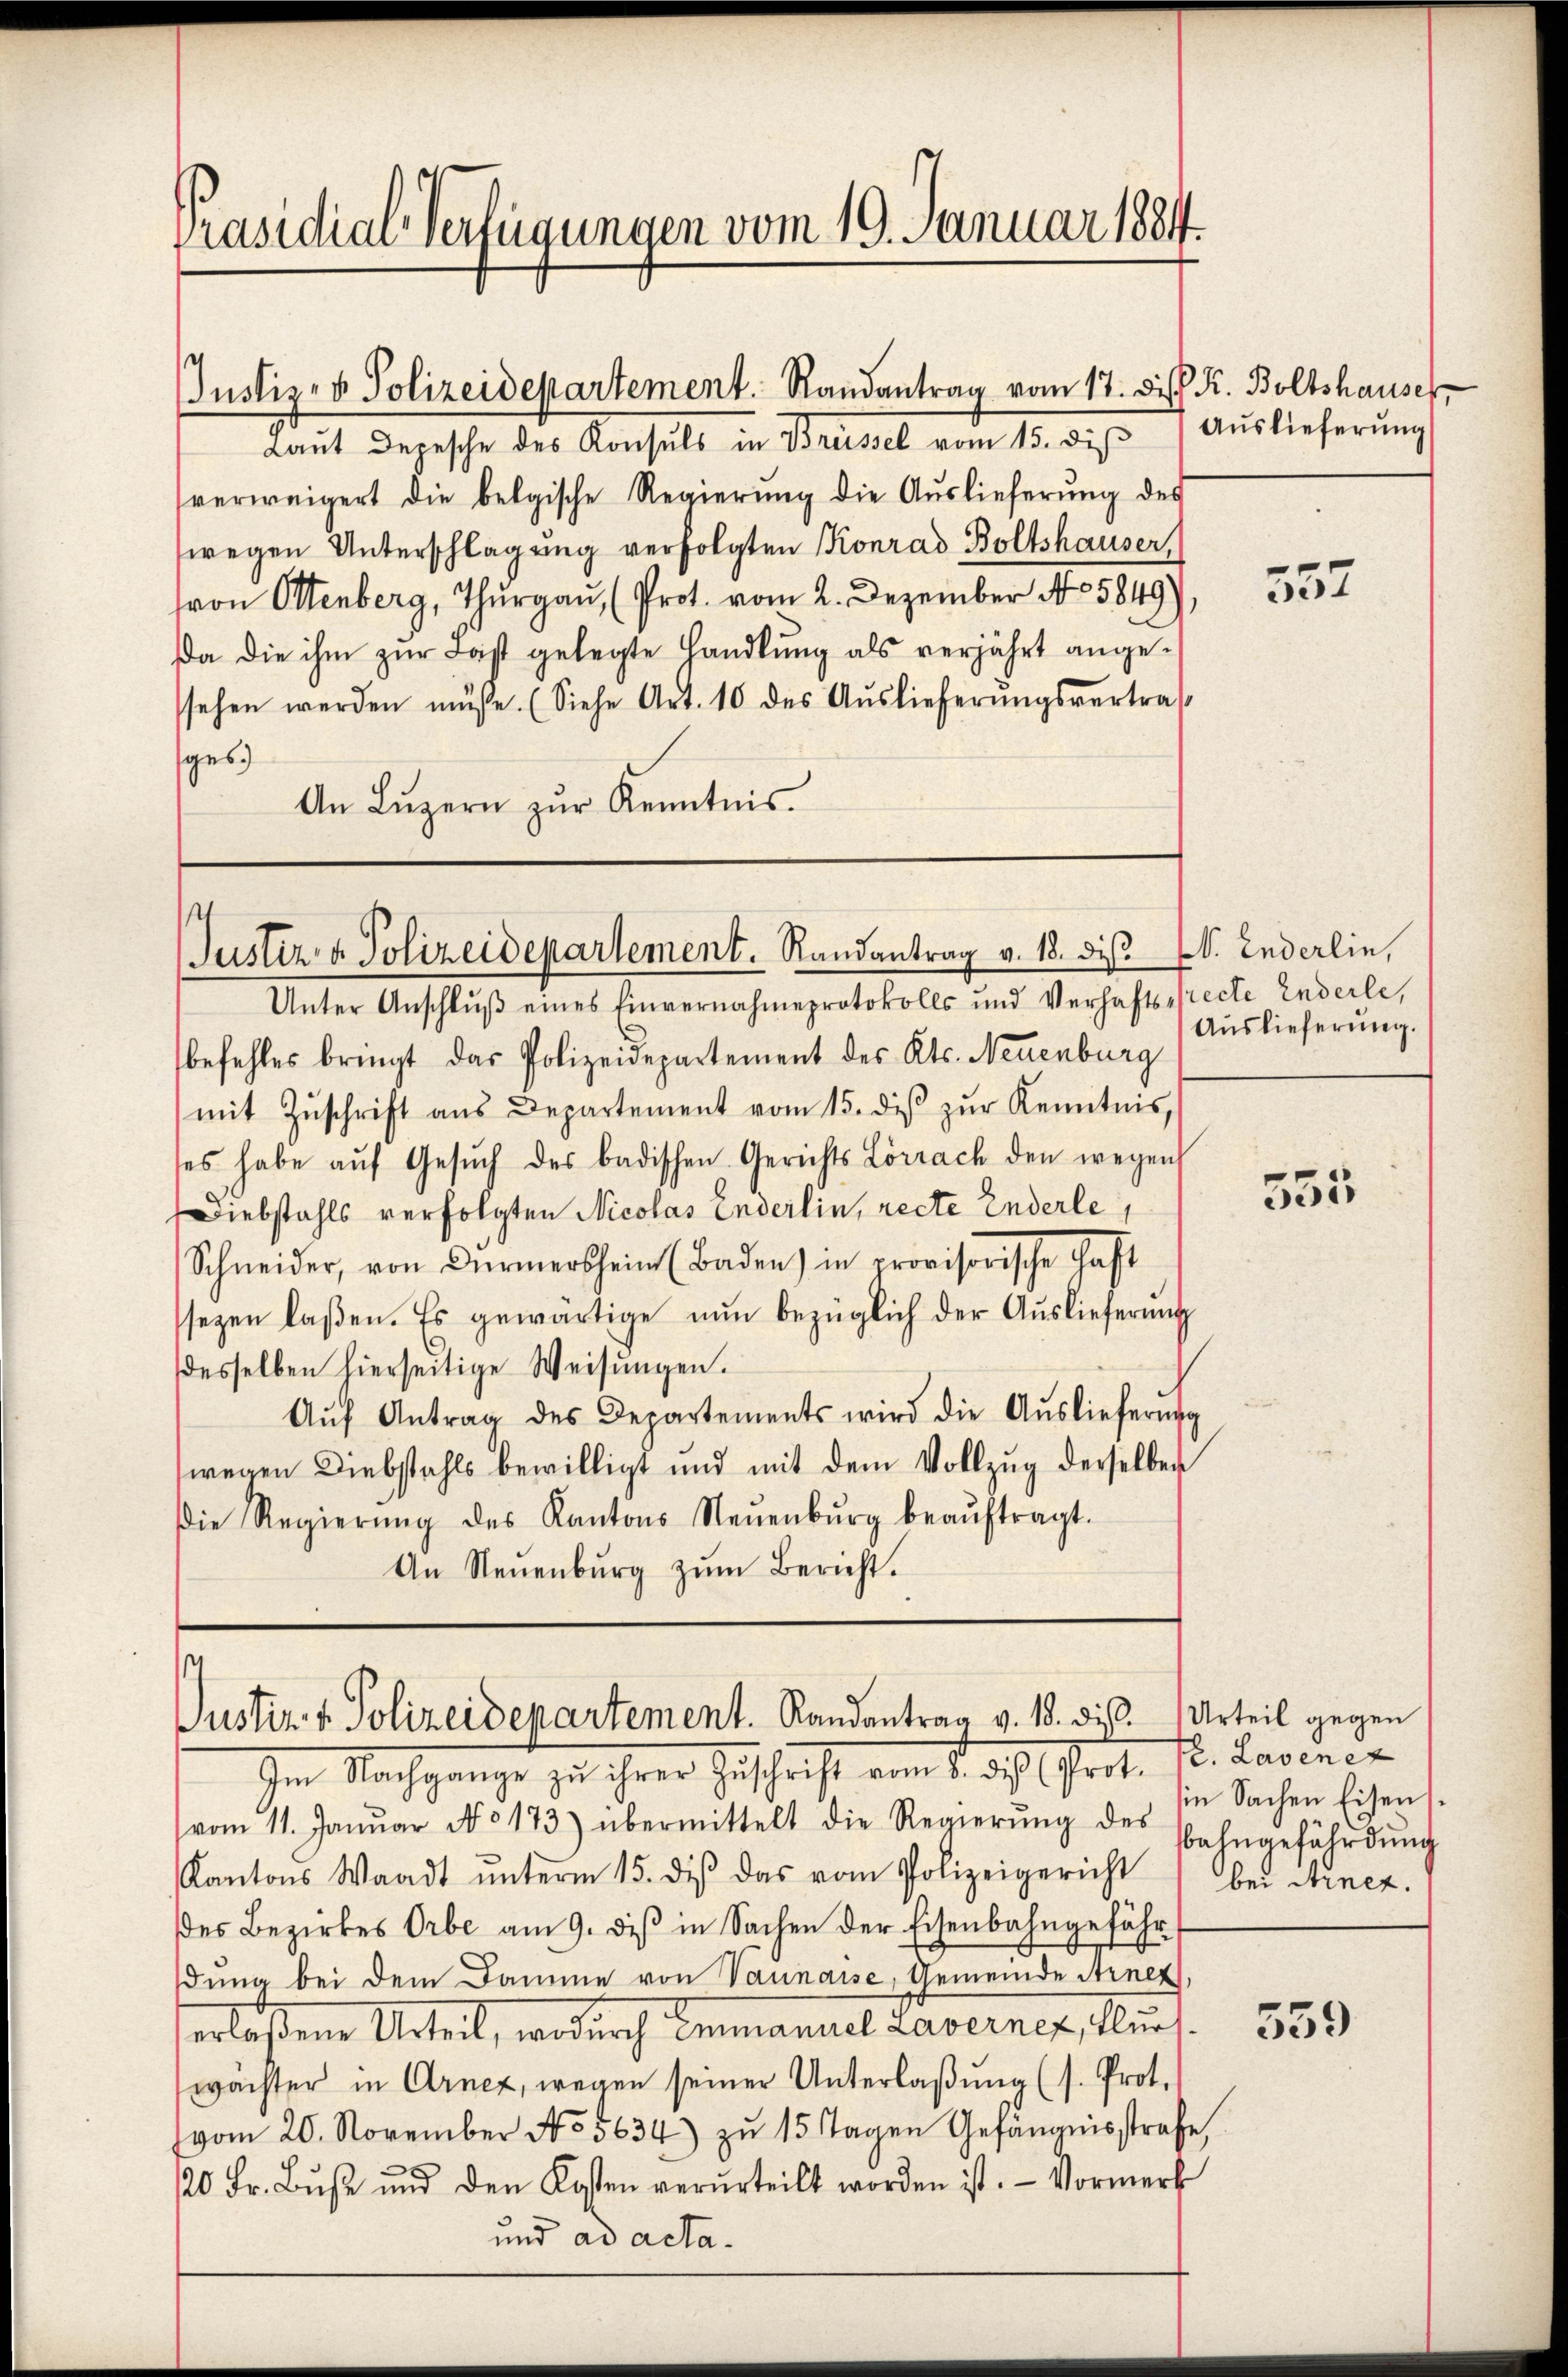
Präsidial-Verfügungen vom 19. Januar 1884.

Justiz- & Polizeidepartement. Randantrag vom 17. Disp. K. Boltshauser

Justiz & Polizeidepartement. Randantrag v. 18. dis v. Enderlin,

Laŭt Depesche des Konsuls in Brüssel vom 15. diβ Aŭslieferŭng
verweigert die belgische Regierŭng die Auslieferŭng des
wegen Unterschlagung verfolgten Konrad Boltshauser,
von Ottenberg, Thŭrgaŭ, (Prot. vom 2. Dezember No 5849),
Da die ihm zur Last gelegte Handlung als verjährt angessehen werden müsse. (Siehe Art. 10 des Aŭslieferŭngsvertra
sges
An Lŭzern zŭr Kenntnis.

Unter Anschlŭβ eines Einvernahmeprotokolls und Verhaftsprecte Enderle,
befehles bringt das Polizeidepartement des Kts. Neuenburg
mit Zŭschrift ans Departement vom 15. diβ zŭr Kenntnis,
ses habe aŭf Gesŭch des badischen Gerichts Lörrach den wegen
Diebstahls verfolgten Nicolas Enderlin, recte Enderle
Schneider, von Dürmersheim (Baden) in provisorische Gast
sezen laßen. Es gewärtige nun bezüglich der Auslieferŭng
desselben hierseitige Weisŭngen.
Aŭf Antrag des Departements wird die Aŭslieferung
wegen Diebstahls bewilligt und mit dem Vollzŭg derselben
Die Regierŭng des Kantons Neŭenbŭrg beaŭftragt.
An Neŭenbŭrg zŭm Bericht.

¬
Justiz & Polizeidepartement. Randantrag v. 18. dies Urteil gegen

357

Auslieferung.

Im Nachgange zu ihrer Zuschrift am 1. dh. Prot. Hr. Rasenen
vom 11. Janŭar No. 173) übermittelt die Regierŭng des Bahngefährdŭng
Kantons Waadt ŭnterm 15. diβ das vom Polizeigericht bei Arnet.
des Bezirkes Orbe am 9. diβ in Sachen der Eisenbahngefähr
dung bei dem Damme von Vaunaise, Gemeinde Arnet,
erlaßene Urteil, wodurch Emmannel Laverner, Flurt
wachter in Arnez, wegen seiner Unterlaβŭng (s. Prot.
vom 20. November No. 5634) zu 15 Tagen Gefängnisstrafe,
20 Fr. Bŭβe und den Kosten verurteilt worden ist. - Vormerk
und ad acta.

555

in Sachen Eisen.

559